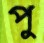
পু